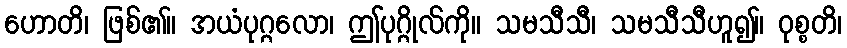
ဟောတိ၊ ဖြစ်၏။ အယံပုဂ္ဂလော၊ ဤပုဂ္ဂိုလ်ကို။ သမသီသီ၊ သမသီသီဟူ၍။ ဝုစ္စတိ၊